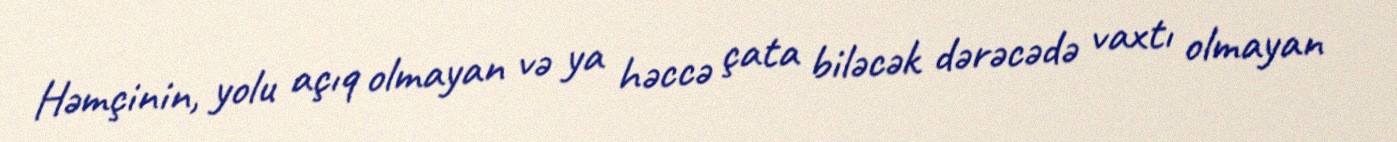
Həmçinin, yolu açıq olmayan və ya həccə çata biləcək dərəcədə vaxtı olmayan